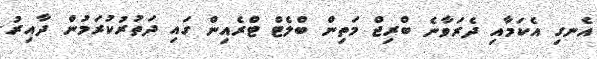
އެނގި އެކަމާއި ދެރަވާނެ ބްރިޖް މަތިން ބްލެޓް ޓްރެއިން ގައި ދަތުރުކުރަމުން ދާއިރު.